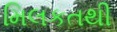
મિલકતથી